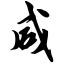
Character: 咸